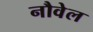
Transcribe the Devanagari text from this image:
नौवेल